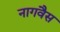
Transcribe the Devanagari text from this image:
नागवैस